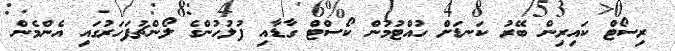
ރިސޯޓް ކައިރިން ބޭރު ކަނޑަށް ހުއްޓުމުން ކޯސްޓް ގާޑާއި ފުލުހުންގެ ލޯންޗުފަހަރުގައި އެންމެން